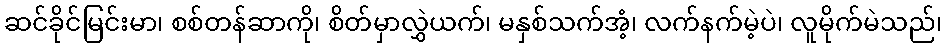
ဆင်ခိုင်မြင်းမာ၊ စစ်တန်ဆာကို၊ စိတ်မှာလွှဲယက်၊ မနှစ်သက်အံ့၊ လက်နက်မဲ့ပဲ၊ လူမိုက်မဲသည်၊